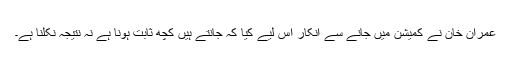
عمران خان نے کمیشن میں جانے سے انکار اس لیے کیا کہ جانتے ہیں کچھ ثابت ہونا ہے نہ نتیجہ نکلنا ہے۔